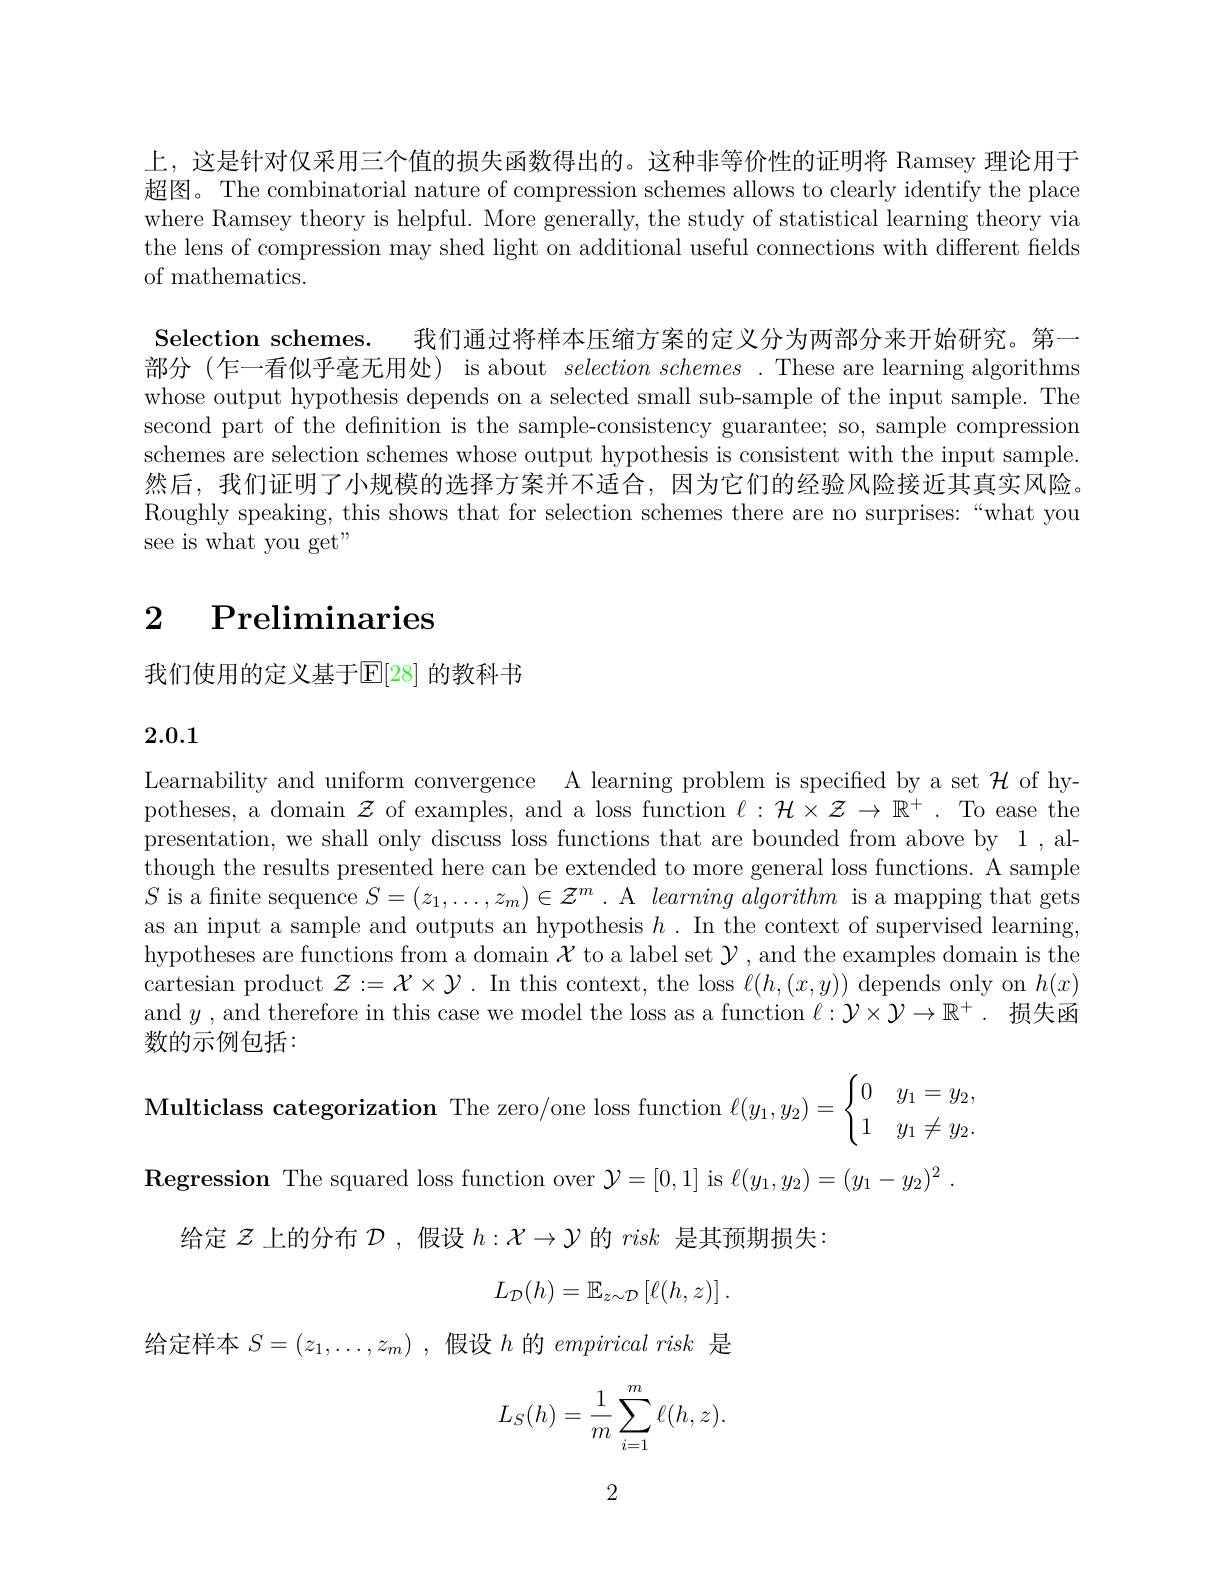
上，这是针对仅采用三个值的损失函数得出的。这种非等价性的证明将 Ramsey 理论用于超图。The combinatorial nature of compression schemes allows to clearly identify the place where Ramsey theory is helpful. More generally, the study of statistical learning theory via the lens of compression may shed light on additional useful connections with different felds of mathematics.

Selection schemes. 我们通过将样本压缩方案的定义分为两部分来开始研究。第一

部分(乍一看似乎毫无用处) is about $selectionschemes.$ These are learning algorithms whose output hypothesis depends on a selected small sub-sample of the input sample. The second part of the defnition is the sample-consistency guarantee; so, sample compression schemes are selection schemes whose output hypothesis is consistent with the input sample 然后，我们证明了小规模的选择方案并不适合，因为它们的经验风险接近其真实风险Roughly speaking, this shows that for selection schemes there are no surprises:“what you see is what you get"

# $\begin{array}{cc}2&\text{Preliminaries}\end{array}$

我们使用的定义基于$\mathbb{E}[28]$ 的教科书

2.0.1

Learnability and uniform convergence A learning problem is specified by a set $\mathcal{H}$ of hypotheses, a domain $\mathcal{Z}$ of examples, and a loss function $\ell:\mathcal{H}\times\mathcal{Z}\to\mathbb{R}^+.$ To ease the presentation, we shall only discuss loss functions that are bounded from above by 1 , although the results presented here can be extended to more general loss functions. A sample $S$ is a fnite sequence $S=(z_1,\ldots,z_m)\in\mathcal{Z}^m$ . A learningalgorithm is a mapping that gets as an input a sample and outputs an hypothesis $h.$ In the context of supervised learning, hypotheses are functions from a domain $\mathcal{X}$ to a label set $\mathcal{Y}$, and the examples domain is the cartesian product $\mathcal{Z}:=\mathcal{X}\times\mathcal{Y}.$ In this context, the loss $\ell(h,(x,y))$ depends only on $h(x)$ and $y$, and therefore in this case we model the loss as a function $\ell:\mathcal{Y}\times\mathcal{Y}\to\mathbb{R}^+.$损失函数的示例包括：

Multiclass categorization The zero/one loss function $\ell(y_1,y_2)=\begin{cases}0&y_1=y_2,\\1&y_1\neq y_2.\end{cases}$

$\textbf{Regression The squared loss function over }\mathcal{Y} = [ 0, 1]$ is $\ell ( y_1, y_2) = ( y_1- y_2) ^2$ .

给定$\mathcal{Z}$上的分布$\mathcal{D}$ ,假设$h:\mathcal{X}\to\mathcal{Y}$的risk是其预期损失
$$L_{\mathcal{D}}(h)=\mathbb{E}_{z\sim\mathcal{D}}\left[\ell(h,z)\right].$$
给定样本$S= ( z_1, \ldots , z_m)$ ,假设$h$的empirical risk 是
$$L_S(h)=\frac{1}{m}\sum_{i=1}^m\ell(h,z).$$
2